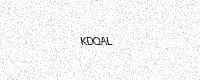
Text: KDQAL